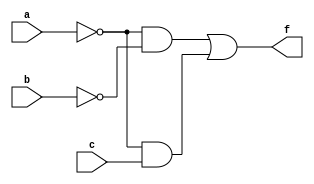
module EssentialPrimeImplicants (
    input wire a,      // Input variable a
    input wire b,      // Input variable b
    input wire c,      // Input variable c
    output wire f      // Output function f
);

// Internal wire declarations for prime implicants
wire p1, p2, p3; 

// Define prime implicants based on the assumed Boolean function
// Example: f(a, b, c) = a'b' + a'c + b'c (derived from a specific truth table)
assign p1 = ~a & ~b; // a'b'
assign p2 = ~a & c;  // a'c
assign p3 = ~b & c;  // b'c

// Identify essential prime implicants
// For demonstration, let's say p1 and p2 are essential, we combine them
assign f = p1 | p2; // Final output based on essential prime implicants

endmodule